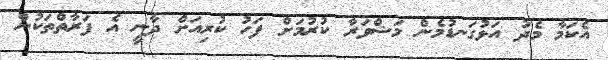
އެކަމާ މެދު އަޅުގަނޑުމެން މަޝްވަރާ ކުރުމަށް ފަހު ކުރިއަށް ދާނީ އެ ފަރާތްތަކުން